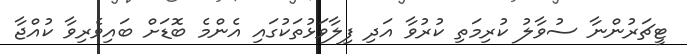
ޓީޗަރުންނާ ސުވާލު ކުރިމަތި ކުރުވާ އަދި ފިލާވަޅުތަކުގައި އެންމެ ބޮޑަށް ބައިވެރިވާ ކުއްޖާ